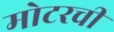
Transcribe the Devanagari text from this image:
मोटरची